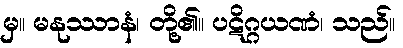
မှ။ မနုဿာနံ၊ တို့၏။ ပဋိဂ္ဂယဏံ၊ သည်။